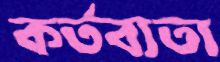
কর্তব্যতা